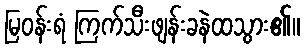
မြဝန်းရံ ကြက်သီးဖျန်းခနဲထသွား၏။